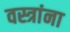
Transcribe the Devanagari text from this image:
वस्त्रांना